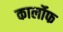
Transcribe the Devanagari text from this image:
कार्लोफ